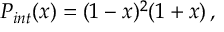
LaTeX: P _ { i n t } ( x ) = ( 1 - x ) ^ { 2 } ( 1 + x ) \, ,